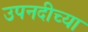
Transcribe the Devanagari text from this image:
उपनदीच्या